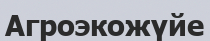
Агроэкожүйе